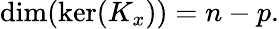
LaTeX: \dim(\ker(K_{x}))=n-p.